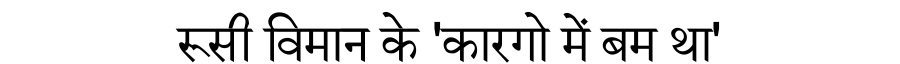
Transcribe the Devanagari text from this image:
रूसी विमान के 'कारगो में बम था'